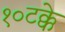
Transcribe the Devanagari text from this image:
१०टक्के